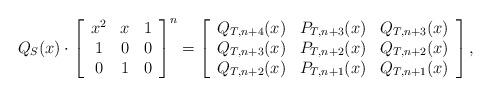
LaTeX: \begin{align*}Q_{S}(x)\cdot\left[ \begin{array}{ccc}x^{2} & x & 1 \\ 1 & 0 & 0 \\ 0 & 1 & 0\end{array}\right]^{n}=\left[ \begin{array}{ccc}Q_{T,n+4}(x) & P_{T,n+3}(x) & Q_{T,n+3}(x) \\ Q_{T,n+3}(x) & P_{T,n+2}(x) & Q_{T,n+2}(x) \\ Q_{T,n+2}(x) & P_{T,n+1}(x) & Q_{T,n+1}(x)\end{array}\right],\end{align*}